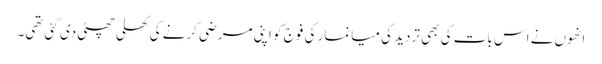
انھوں نے اس بات کی بھی تردید کی میانمار کی فوج کو اپنی مرضی کرنے کی کھلی چھٹی دی گئی تھی۔